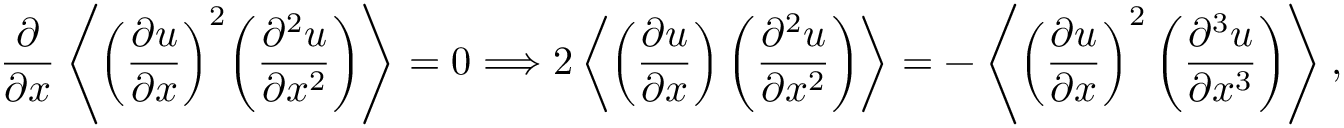
\frac { \partial } { { \partial x } } \left\langle { { { \left( { \frac { { \partial u } } { { \partial x } } } \right) } ^ { 2 } } { { \left( { \frac { { { \partial ^ { 2 } } u } } { { \partial { x ^ { 2 } } } } } \right) } } } \right\rangle = 0 \mathrm { { } } \Longrightarrow \mathrm { { } } 2 \left\langle { \left( \frac { \partial u } { \partial x } \right) \left( \frac { \partial ^ { 2 } u } { \partial x ^ { 2 } } \right) } \right\rangle = - \left\langle { \left( \frac { \partial u } { \partial x } \right) ^ { 2 } \left( \frac { \partial ^ { 3 } u } { \partial x ^ { 3 } } \right) } \right\rangle ,